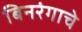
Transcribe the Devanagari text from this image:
बिनरंगाचे